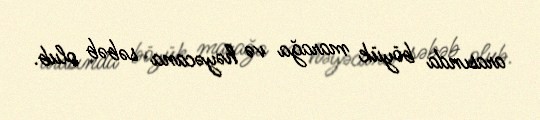
arasında böyük marağa və həyəcana səbəb olub.